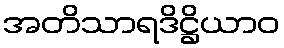
အတိသာရဒိဋ္ဌိယာဝ